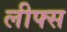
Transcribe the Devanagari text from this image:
लीफ्स